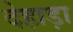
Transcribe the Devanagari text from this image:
देहाड़ा